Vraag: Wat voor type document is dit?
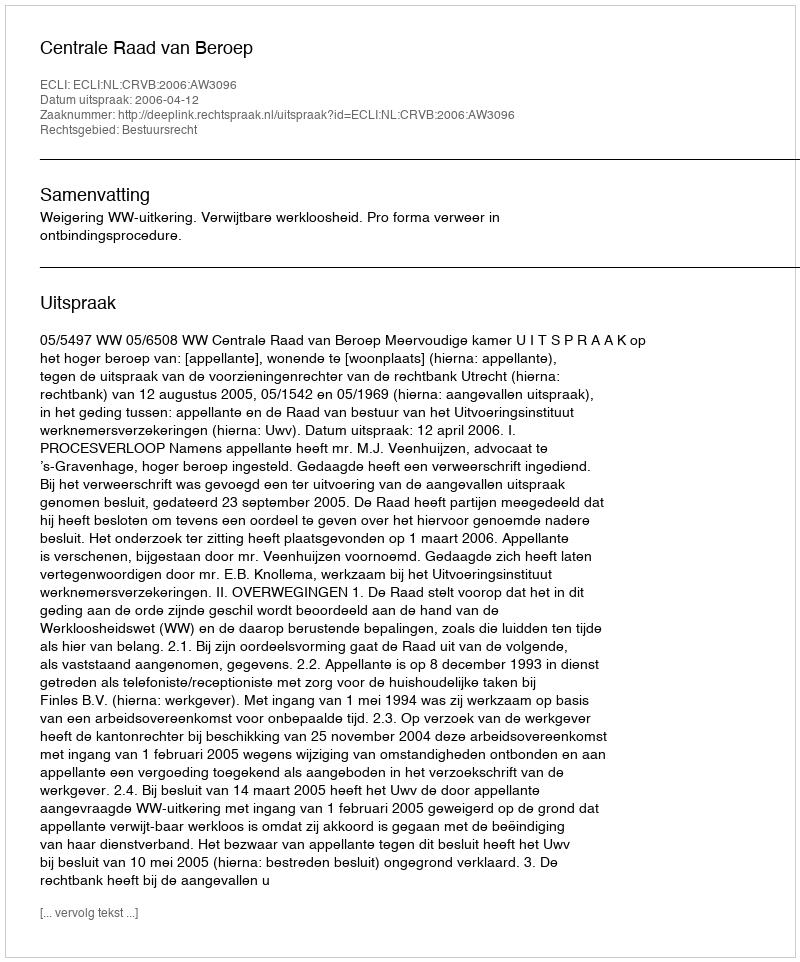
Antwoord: Uitspraak